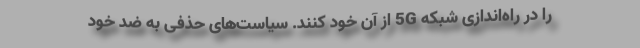
را در راه‌اندازی شبکه 5G از آن خود کنند. سیاست‌های حذفی به ضدِ خود